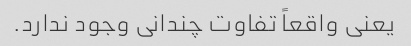
یعنی واقعاً تفاوت چندانی وجود ندارد.